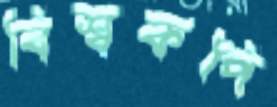
বিশ্বকপি